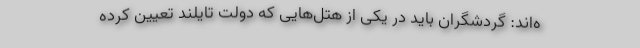
ه‌اند: گردشگران باید در یکی از هتل‌هایی که دولت تایلند تعیین کرده